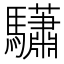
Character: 𩧓